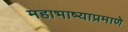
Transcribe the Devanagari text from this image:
महाभाष्याप्रमाणे